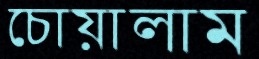
চোয়ালাম